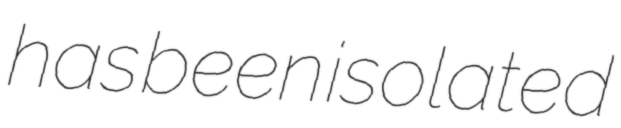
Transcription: has been isolated